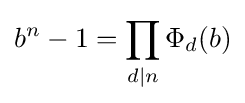
b^{n}-1=\prod _{d\mid n}\Phi _{d}(b)